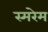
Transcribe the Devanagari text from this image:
स्मरेम